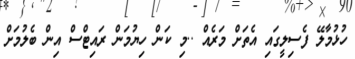
ހުޅުމާލޭ ފެސިލީގައި އެތަށް މަރެއް ..މި ކަން ހިޔުމަން ރައިޓްސް އިން ބެލުމަށް